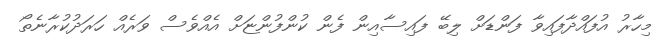
މިހާރު އުފައްދާފައިވާ ފަންޑަށް ލިބޭ ފައިސާއިން ފެން ކުންފުންޏަށް އެއްވެސް ވަރެއް ހަރަދުކުރާނެތޯ